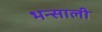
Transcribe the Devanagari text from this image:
भन्साली